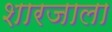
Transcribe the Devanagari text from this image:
शारजाला